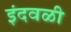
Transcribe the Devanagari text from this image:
इंदवळी